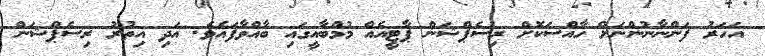
އަހަރު ފަންނާނުންނަށް ހާއްސަކޮށް ރިސެޕްޝަން ޕާޓީއެއް މުމްބާއީގައި ބާއްވާފައެވެ. އަދި އިތުރު ރިސެޕްޝަން